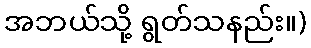
အဘယ်သို့ ရွတ်သနည်း။)